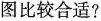
图比较合适?